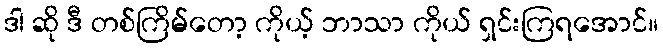
ဒါ ဆို ဒီ တစ်ကြိမ်တော့ ကိုယ့် ဘာသာ ကိုယ် ရှင်းကြရအောင်။